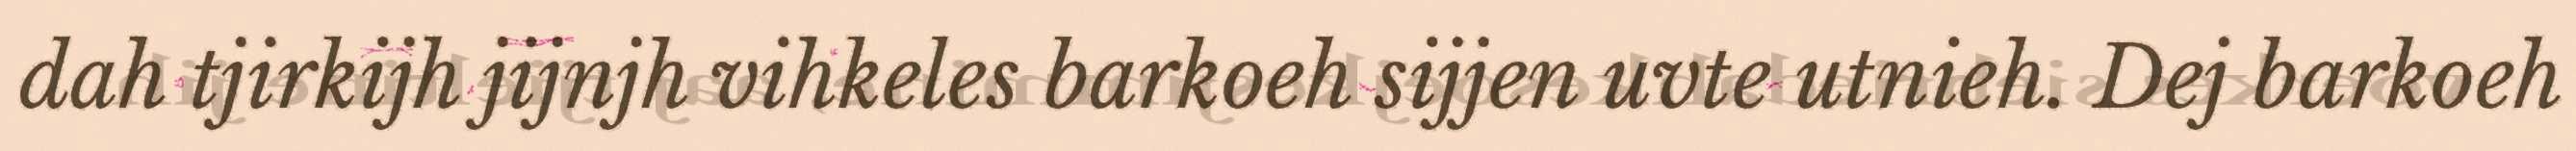
dah tjirkijh jijnjh vihkeles barkoeh sijjen uvte utnieh. Dej barkoeh